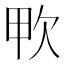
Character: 𣢗